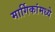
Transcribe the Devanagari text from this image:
मार्गिकांमध्ये